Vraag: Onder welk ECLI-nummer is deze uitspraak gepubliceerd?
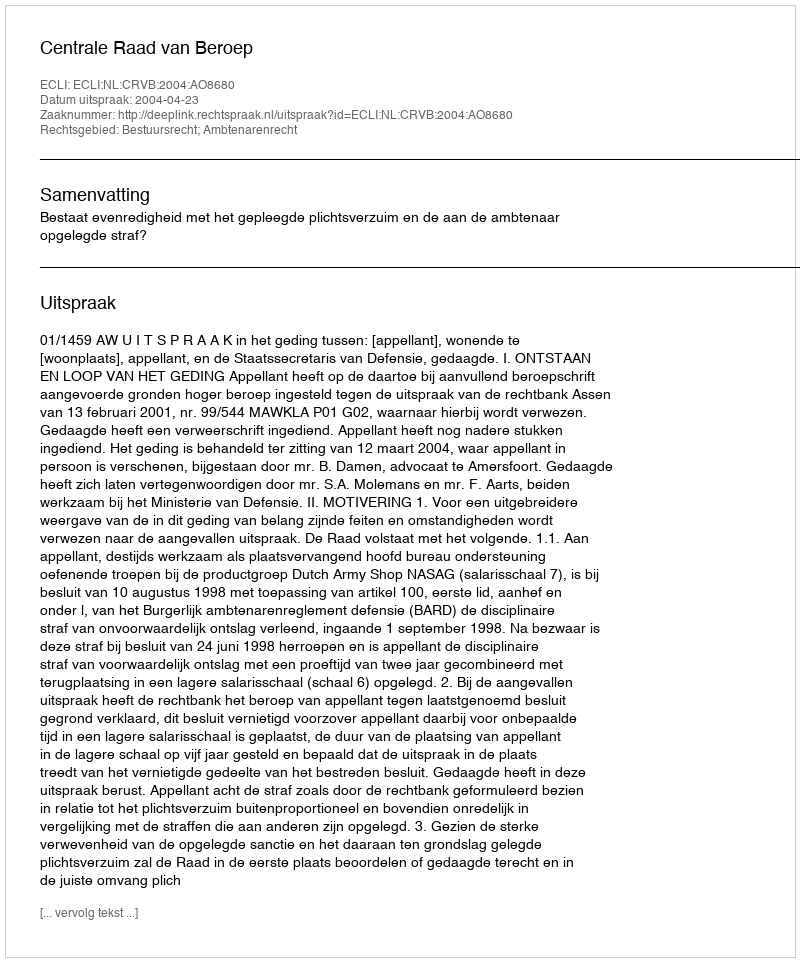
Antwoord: ECLI:NL:CRVB:2004:AO8680